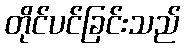
တိုင်ပင်ခြင်းသည်